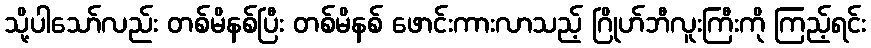
သို့ပါသော်လည်း တစ်မိနစ်ပြီး တစ်မိနစ် ဖောင်းကားလာသည့် ဂြိုဟ်ဘီလူးကြီးကို ကြည့်ရင်း